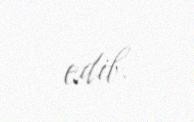
edib.